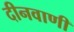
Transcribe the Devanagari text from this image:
दीनवाणी